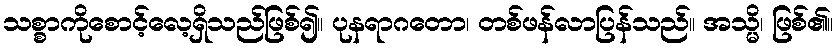
သစ္စာကိုစောင့်လေ့ရှိသည်ဖြစ်၍။ ပုနရာဂတော၊ တစ်ဖန်လာပြန်သည်။ အသ္မိ၊ ဖြစ်၏။